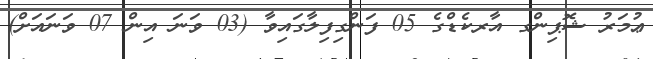
ޢުމަރު ޝޮޕިންގ އާރކެޑްގެ 05 ފަންގިފިލާގައިވާ (03 ވަނަ އިން 07 ވަނައަށް)